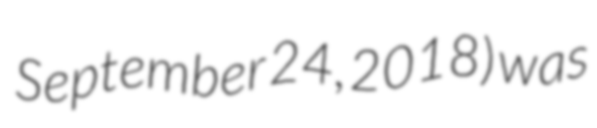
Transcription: September 24, 2018) was